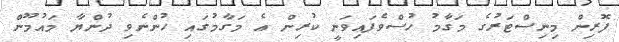
ފޮރިން މިނިސްޓަރުގެ މަގާމު ހުސްވެފައިވަނީ ކުރިން އެ މަގާމުގައި ހުންނެވި ދުންޔާ މައުމޫން